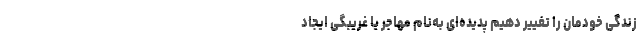
زندگی خودمان را تغییر دهیم پدیده‌ای به‌نام مهاجر یا غریبگی ایجاد